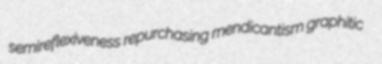
semireflexiveness repurchasing mendicantism graphitic